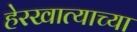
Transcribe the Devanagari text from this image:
हेरखात्याच्या